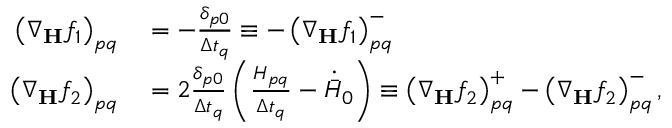
\begin{array} { r l } { \left( \nabla _ { \mathbf { H } } f _ { 1 } \right) _ { p q } } & { { } = - \frac { \delta _ { p 0 } } { \Delta t _ { q } } \equiv - \left( \nabla _ { \mathbf { H } } f _ { 1 } \right) _ { p q } ^ { - } } \\ { \left( \nabla _ { \mathbf { H } } f _ { 2 } \right) _ { p q } } & { { } = 2 \frac { \delta _ { p 0 } } { \Delta t _ { q } } \left( \frac { H _ { p q } } { \Delta t _ { q } } - \dot { \bar { H } } _ { 0 } \right) \equiv \left( \nabla _ { \mathbf { H } } f _ { 2 } \right) _ { p q } ^ { + } - \left( \nabla _ { \mathbf { H } } f _ { 2 } \right) _ { p q } ^ { - } , } \end{array}